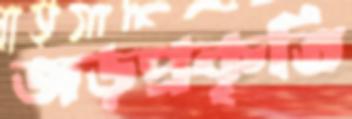
জড়প্রকৃতি